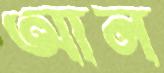
আন